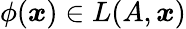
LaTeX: \phi({\boldsymbol{x}})\in L(A,{\boldsymbol{x}})